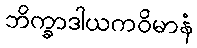
ဘိက္ခာဒါယကဝိမာနံ